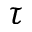
\tau